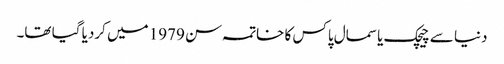
دنیا سے چیچک یا سمال پاکس کا خاتمہ سن 1979 میں کردیا گیا تھا۔